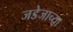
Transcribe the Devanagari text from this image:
जडेजाच्या